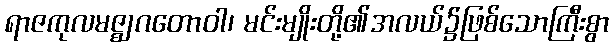
ရာဇကုလမဇ္ဈဂတောဝါ၊ မင်းမျိုးတို့၏အလယ်၌ဖြစ်သောကြီးစွာ